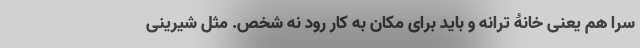
سَرا هم یعنی خانۀ ترانه و باید برای مکان به کار رود نه شخص. مثل شیرینی